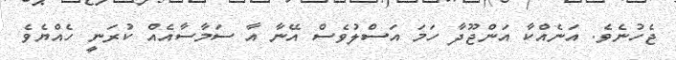
ޖެހުނެވެ. އަނެއްކާ އަންޖޫދާ ހަމަ އަސްލުވެސް އޭނާ އާ ސަމާސާއެއް ކުރަނީ ހެއްޔެވެ